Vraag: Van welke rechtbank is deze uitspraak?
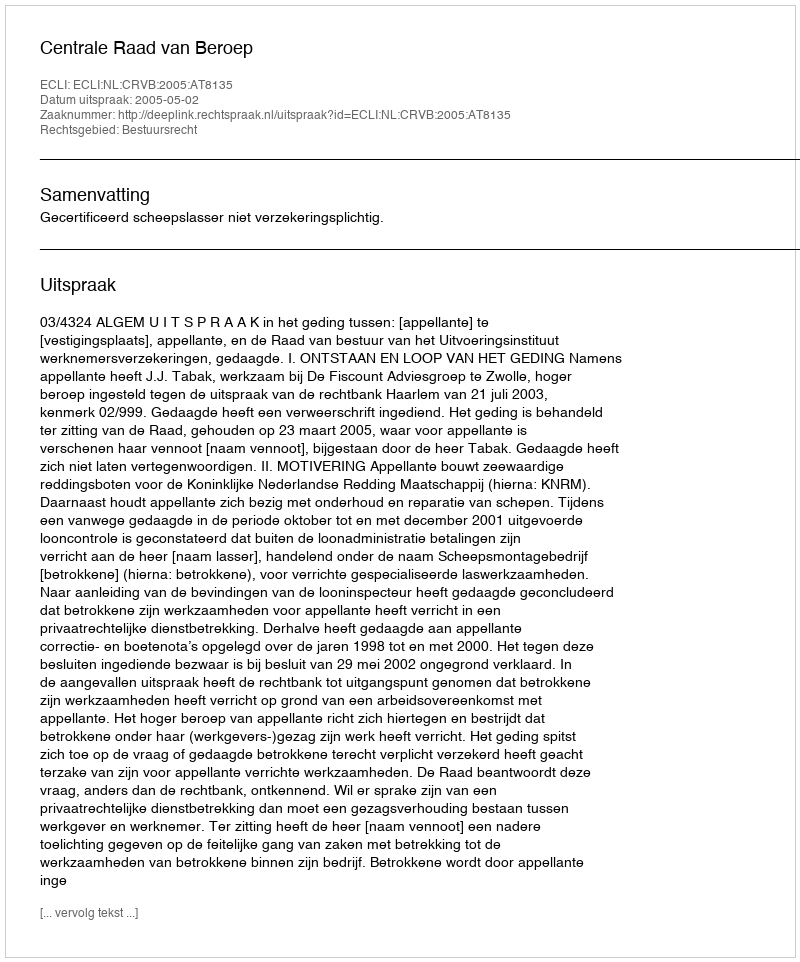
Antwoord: Centrale Raad van Beroep